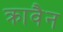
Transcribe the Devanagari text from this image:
क्रावैन